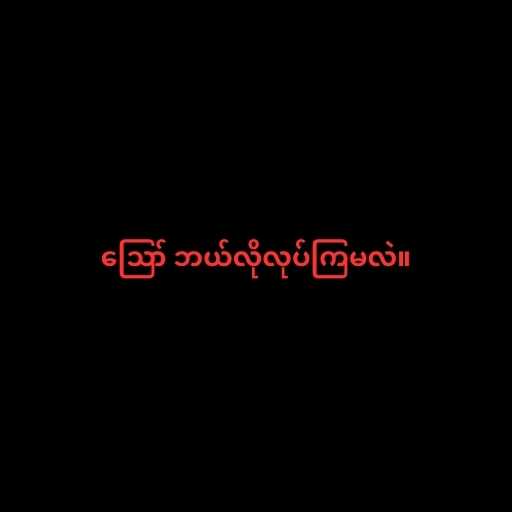
ဪ ဘယ်လိုလုပ်ကြမလဲ။